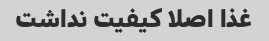
غذا اصلا کیفیت نداشت